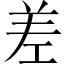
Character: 差